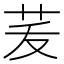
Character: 𦭞